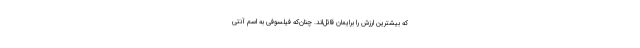
که بیشترین ارزش را برایمان قائل‌اند. چنان‌که فیلسوفی به اسم آنتی